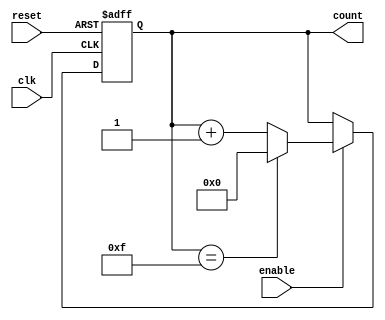
module async_counter (
    input wire clk,       // Clock signal
    input wire reset,     // Asynchronous reset signal
    input wire enable,    // Enable signal
    output reg [3:0] count // 4-bit current count value
);

// Maximum count value (15 for a 4-bit counter)
localparam MAX_COUNT = 4'b1111;

// Asynchronous reset and counting logic
always @(posedge clk or posedge reset) begin
    if (reset) begin
        count <= 4'b0000; // Reset count to 0
    end else if (enable) begin
        if (count == MAX_COUNT) begin
            count <= 4'b0000; // Wrap around to 0
        end else begin
            count <= count + 1; // Increment count
        end
    end
end

endmodule